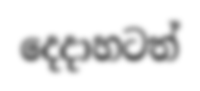
දෙදාහටත්